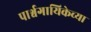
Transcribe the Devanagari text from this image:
पार्श्वगायिकेच्या